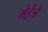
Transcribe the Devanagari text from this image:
मेहेत्रे